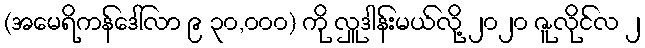
(အမေရိကန်ဒေါ်လာ ၉ ၃၀,၀၀၀) ကို လှူဒါန်းမယ်လို့ ၂၀၂၀ ဇူလိုင်လ ၂